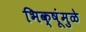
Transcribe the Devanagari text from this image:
भिक्षूंमुळे